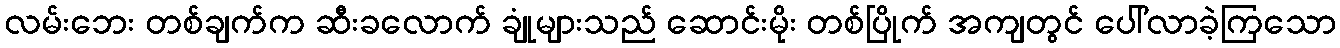
လမ်းဘေး တစ်ချက်က ဆီးခလောက် ချုံများသည် ဆောင်းမိုး တစ်ပြိုက် အကျတွင် ပေါ်လာခဲ့ကြသော